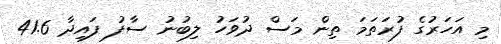
މި އަހަރުގެ ފުރަތަމަ ތިން މަސް ދުވަހު ލިބުނު ސާފު ފައިދާ 41.6